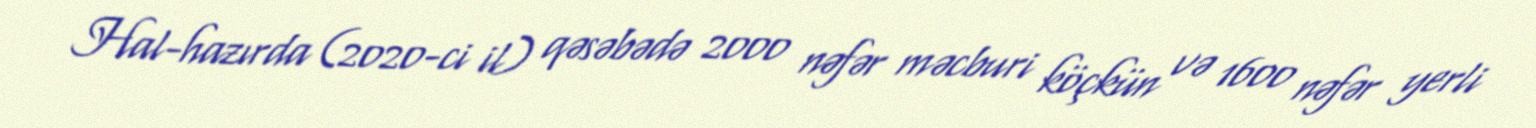
Hal-hazırda (2020-ci il) qəsəbədə 2000 nəfər məcburi köçkün və 1600 nəfər yerli